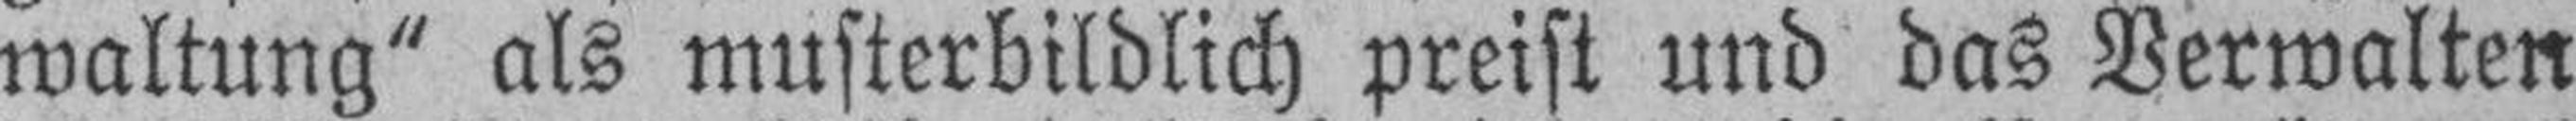
waltung" als musterbildlich preist und das Verwalten